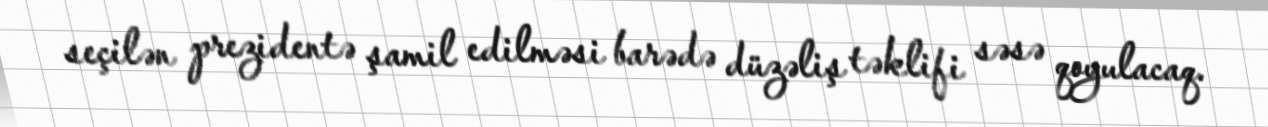
seçilən prezidentə şamil edilməsi barədə düzəliş təklifi səsə qoyulacaq.